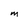
Character: M